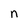
Character: n